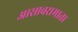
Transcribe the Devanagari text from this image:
आसावरामाता